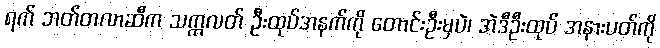
ရက် ဘတ်တလာဆီက သက္ကလတ် ဦးထုပ်အနက်ကို တောင်းဦးမှပဲ၊ အဲဒီဦးထုပ် အနားပတ်ကို